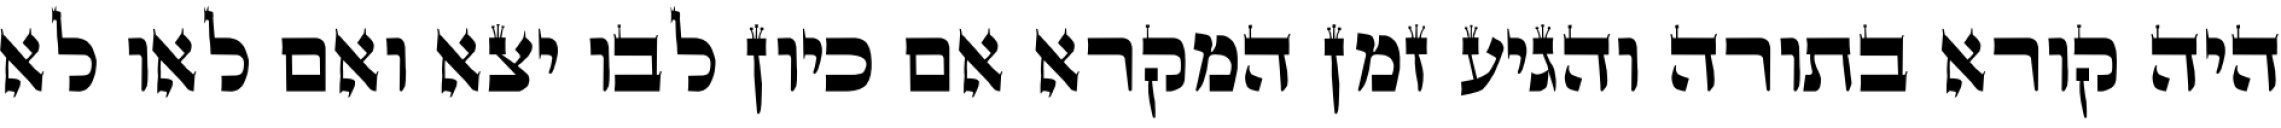
היה קורא בתורה והגיע זמן המקרא אם כיון לבו יצא ואם לאו לא